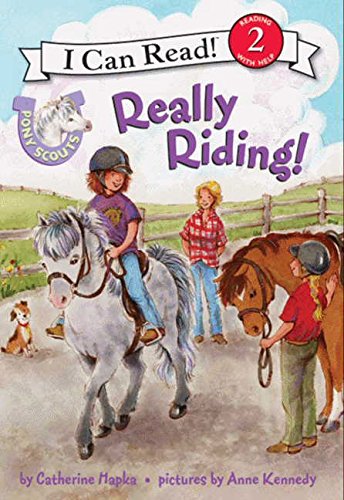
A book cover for Pony Scouts: Really Riding! (I Can Read Level 2); Catherine Hapka; Children's Books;